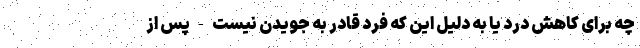
چه برای کاهش درد یا به دلیل این که فرد قادر به جویدن نیست - پس از